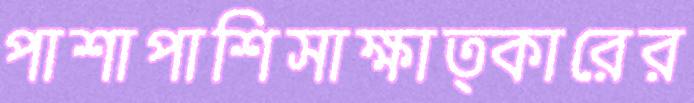
পাশাপাশিসাক্ষাত্কারের